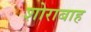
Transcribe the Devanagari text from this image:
शोराबाह